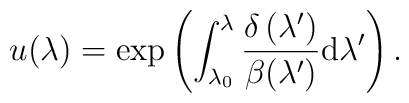
u(\lambda )=\exp \left( \int_{\lambda _{0}}^{\lambda }\frac{\delta \left(\lambda ^{\prime }\right) }{\beta (\lambda ^{\prime })}{\rm d}\lambda^{\prime }\right) .